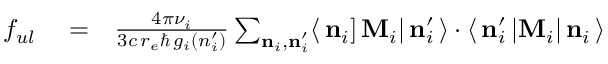
\begin{array} { r l r } { f _ { u l } } & { { } = } & { \frac { 4 \pi \nu _ { i } } { 3 c \, r _ { e } \hbar \, g _ { i } ( n _ { i } ^ { \prime } ) } \sum _ { { \bf n } _ { i } , { \bf n } _ { i } ^ { \prime } } \langle \, { \bf n } _ { i } ] \, { \bf M } _ { i } | \, { \bf n } _ { i } ^ { \prime } \, \rangle \cdot \langle \, { \bf n } _ { i } ^ { \prime } \, | { \bf M } _ { i } | \, { \bf n } _ { i } \, \rangle } \end{array}